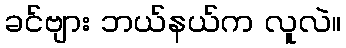
ခင်ဗျား ဘယ်နယ်က လူလဲ။